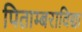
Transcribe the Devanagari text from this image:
पिताम्बराविद्या